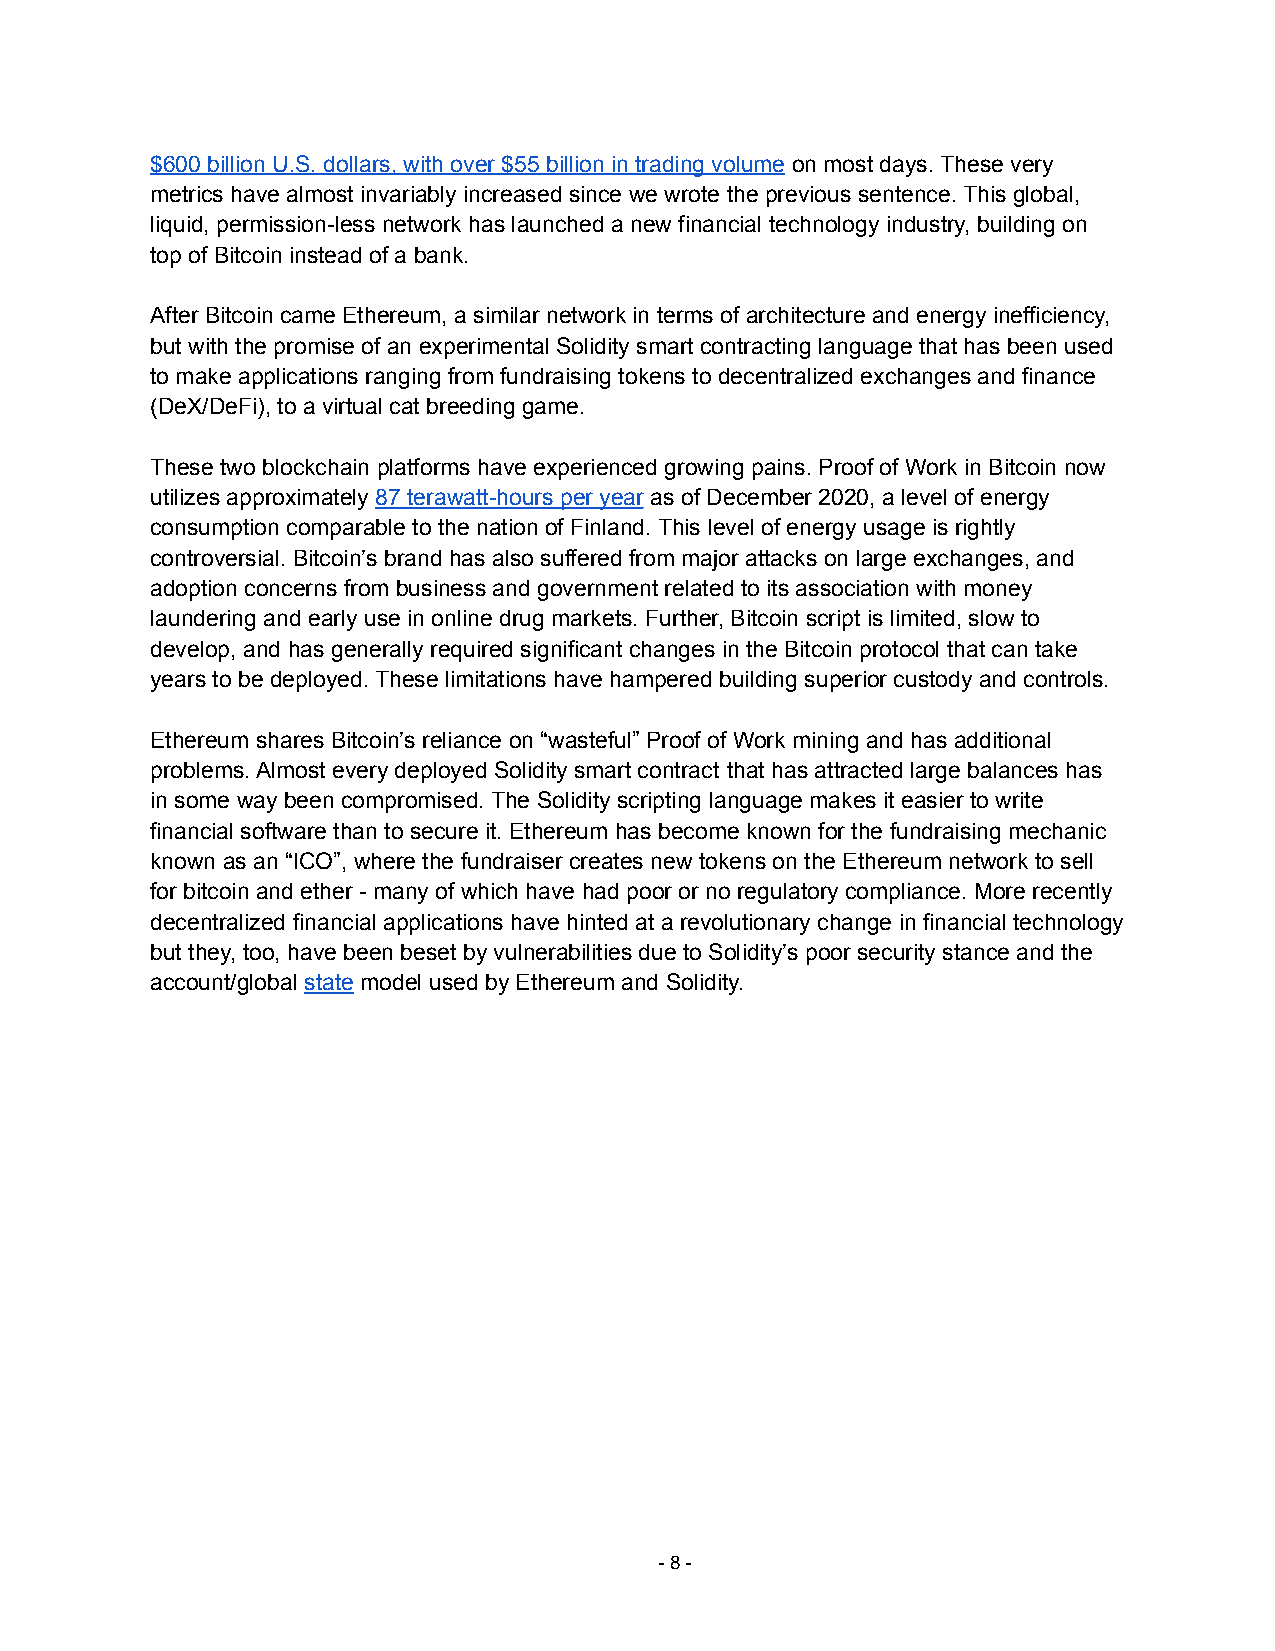
$600 billion U.S. dollars, with over $55 billion in trading volume on most days. These very
 metrics have almost invariably increased since we wrote the previous sentence. This global,
 liquid, permission-less network has launched a new financial technology industry, building on
 top of Bitcoin instead of a bank.
 After Bitcoin came Ethereum, a similar network in terms of architecture and energy inefficiency,
 but with the promise of an experimental Solidity smart contracting language that has been used
 to make applications ranging from fundraising tokens to decentralized exchanges and finance
 (DeX/DeFi), to a virtual cat breeding game.
 These two blockchain platforms have experienced growing pains. Proof of Work in Bitcoin now
 utilizes approximately 87 terawatt-hours per year as of December 2020, a level of energy
 consumption comparable to the nation of Finland. This level of energy usage is rightly
 controversial. Bitcoin’s brand has also suffered from major attacks on large exchanges, and
 adoption concerns from business and government related to its association with money
 laundering and early use in online drug markets. Further, Bitcoin script is limited, slow to
 develop, and has generally required significant changes in the Bitcoin protocol that can take
 years to be deployed. These limitations have hampered building superior custody and controls.
 Ethereum shares Bitcoin’s reliance on “wasteful” Proof of Work mining and has additional
 problems. Almost every deployed Solidity smart contract that has attracted large balances has
 in some way been compromised. The Solidity scripting language makes it easier to write
 financial software than to secure it. Ethereum has become known for the fundraising mechanic
 known as an “ICO”, where the fundraiser creates new tokens on the Ethereum network to sell
 for bitcoin and ether - many of which have had poor or no regulatory compliance. More recently
 decentralized financial applications have hinted at a revolutionary change in financial technology
 but they, too, have been beset by vulnerabilities due to Solidity’s poor security stance and the
 account/global state model used by Ethereum and Solidity.
 -8-